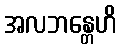
အလဘန္တေဟိ